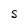
Character: S